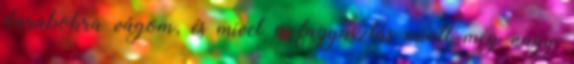
darabokra vágom, és mivel a fagyasztás miatt még nagy